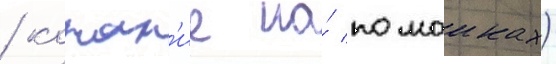
/ копан'ие на́ помоиках)